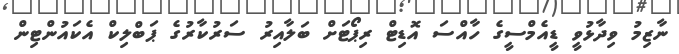
ނާޒިމު ވިދާޅުވީ ޑީއެމްސީގެ ހާއްސަ އޮޑިޓް ރިޕޯޓަށް ބަލާއިރު ސަރުކާރުގެ ޕަބްލިކް އެކައުންޓިން